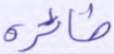
طائره